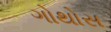
ગોથોસ